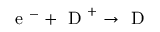
\mathrm { ~ e ~ } ^ { - } + \mathrm { ~ D ~ } ^ { + } \rightarrow \mathrm { ~ D ~ }